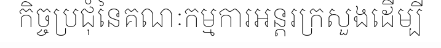
កិច្ចប្រជុំនៃគណៈកម្មការអន្តរក្រសួងដើម្បី